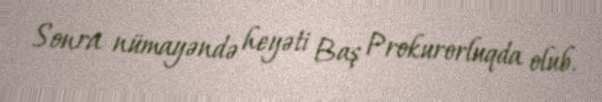
Sonra nümayəndə heyəti Baş Prokurorluqda olub.